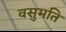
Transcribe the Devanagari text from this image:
वसुमति